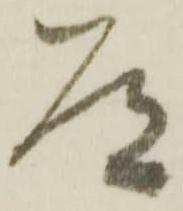
道